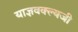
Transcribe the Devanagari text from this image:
याज्ञवक्ल्यजी